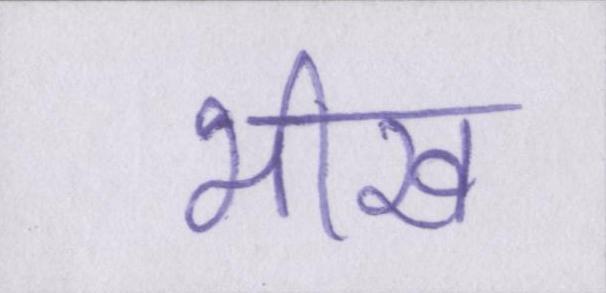
भीख